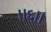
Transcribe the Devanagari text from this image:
।।६।।